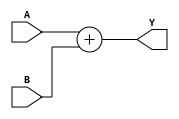
module Adder(
    A,
    B,
    Y
);
    input[31:0] A, B;
    output[31:0] Y;

    assign Y = A + B;
endmodule